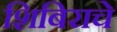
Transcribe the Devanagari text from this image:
शिबिराचे